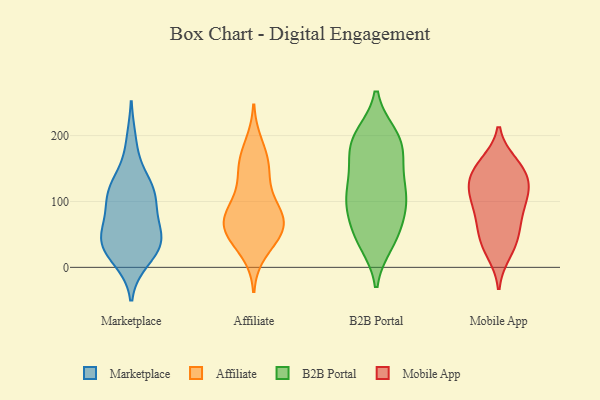
{"axis": {"x": "Tickets Resolved", "y": "Value"}, "legend": ["Affiliate", "B2B Portal", "Marketplace", "Mobile App"], "data": [{"x": "", "y": 60, "type": "Marketplace"}, {"x": "", "y": 92, "type": "Marketplace"}, {"x": "", "y": 49, "type": "Marketplace"}, {"x": "", "y": 123, "type": "Marketplace"}, {"x": "", "y": 41, "type": "Marketplace"}, {"x": "", "y": 20, "type": "Marketplace"}, {"x": "", "y": 41, "type": "Marketplace"}, {"x": "", "y": 108, "type": "Marketplace"}, {"x": "", "y": 116, "type": "Marketplace"}, {"x": "", "y": 100, "type": "Marketplace"}, {"x": "", "y": 12, "type": "Marketplace"}, {"x": "", "y": 190, "type": "Marketplace"}, {"x": "", "y": 42, "type": "Marketplace"}, {"x": "", "y": 133, "type": "Marketplace"}, {"x": "", "y": 32, "type": "Marketplace"}, {"x": "", "y": 108, "type": "Affiliate"}, {"x": "", "y": 61, "type": "Affiliate"}, {"x": "", "y": 49, "type": "Affiliate"}, {"x": "", "y": 24, "type": "Affiliate"}, {"x": "", "y": 51, "type": "Affiliate"}, {"x": "", "y": 72, "type": "Affiliate"}, {"x": "", "y": 144, "type": "Affiliate"}, {"x": "", "y": 74, "type": "Affiliate"}, {"x": "", "y": 57, "type": "Affiliate"}, {"x": "", "y": 157, "type": "Affiliate"}, {"x": "", "y": 156, "type": "Affiliate"}, {"x": "", "y": 77, "type": "Affiliate"}, {"x": "", "y": 186, "type": "Affiliate"}, {"x": "", "y": 91, "type": "Affiliate"}, {"x": "", "y": 85, "type": "B2B Portal"}, {"x": "", "y": 167, "type": "B2B Portal"}, {"x": "", "y": 182, "type": "B2B Portal"}, {"x": "", "y": 199, "type": "B2B Portal"}, {"x": "", "y": 197, "type": "B2B Portal"}, {"x": "", "y": 37, "type": "B2B Portal"}, {"x": "", "y": 200, "type": "B2B Portal"}, {"x": "", "y": 105, "type": "B2B Portal"}, {"x": "", "y": 134, "type": "B2B Portal"}, {"x": "", "y": 161, "type": "B2B Portal"}, {"x": "", "y": 91, "type": "B2B Portal"}, {"x": "", "y": 189, "type": "B2B Portal"}, {"x": "", "y": 101, "type": "B2B Portal"}, {"x": "", "y": 48, "type": "B2B Portal"}, {"x": "", "y": 42, "type": "B2B Portal"}, {"x": "", "y": 123, "type": "B2B Portal"}, {"x": "", "y": 88, "type": "B2B Portal"}, {"x": "", "y": 48, "type": "B2B Portal"}, {"x": "", "y": 123, "type": "B2B Portal"}, {"x": "", "y": 22, "type": "Mobile App"}, {"x": "", "y": 125, "type": "Mobile App"}, {"x": "", "y": 72, "type": "Mobile App"}, {"x": "", "y": 99, "type": "Mobile App"}, {"x": "", "y": 71, "type": "Mobile App"}, {"x": "", "y": 142, "type": "Mobile App"}, {"x": "", "y": 41, "type": "Mobile App"}, {"x": "", "y": 31, "type": "Mobile App"}, {"x": "", "y": 56, "type": "Mobile App"}, {"x": "", "y": 158, "type": "Mobile App"}, {"x": "", "y": 124, "type": "Mobile App"}, {"x": "", "y": 124, "type": "Mobile App"}, {"x": "", "y": 103, "type": "Mobile App"}, {"x": "", "y": 104, "type": "Mobile App"}, {"x": "", "y": 153, "type": "Mobile App"}, {"x": "", "y": 153, "type": "Mobile App"}]}